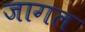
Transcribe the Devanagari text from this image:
जागल